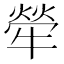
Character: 犖